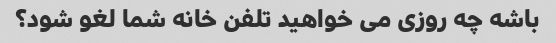
باشه چه روزی می خواهید تلفن خانه شما لغو شود؟